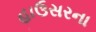
હાઉસરના